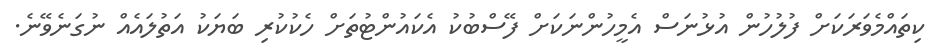
ކިތައްމެވަރަކަށް ފުލުހުން އުޅުނަސް އެމީހުންނަކަށް ފޭސްބުކު އެކައުންޓުތަށް ހެކުކުރި ބަޔަކު އަތުލައެއް ނުގަނެވޭނެ.